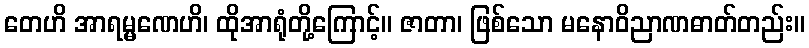
တေဟိ အာရမ္မဏေဟိ၊ ထိုအာရုံတို့ကြောင့်။ ဇာတာ၊ ဖြစ်သော မနောဝိညာဏဓာတ်တည်း။